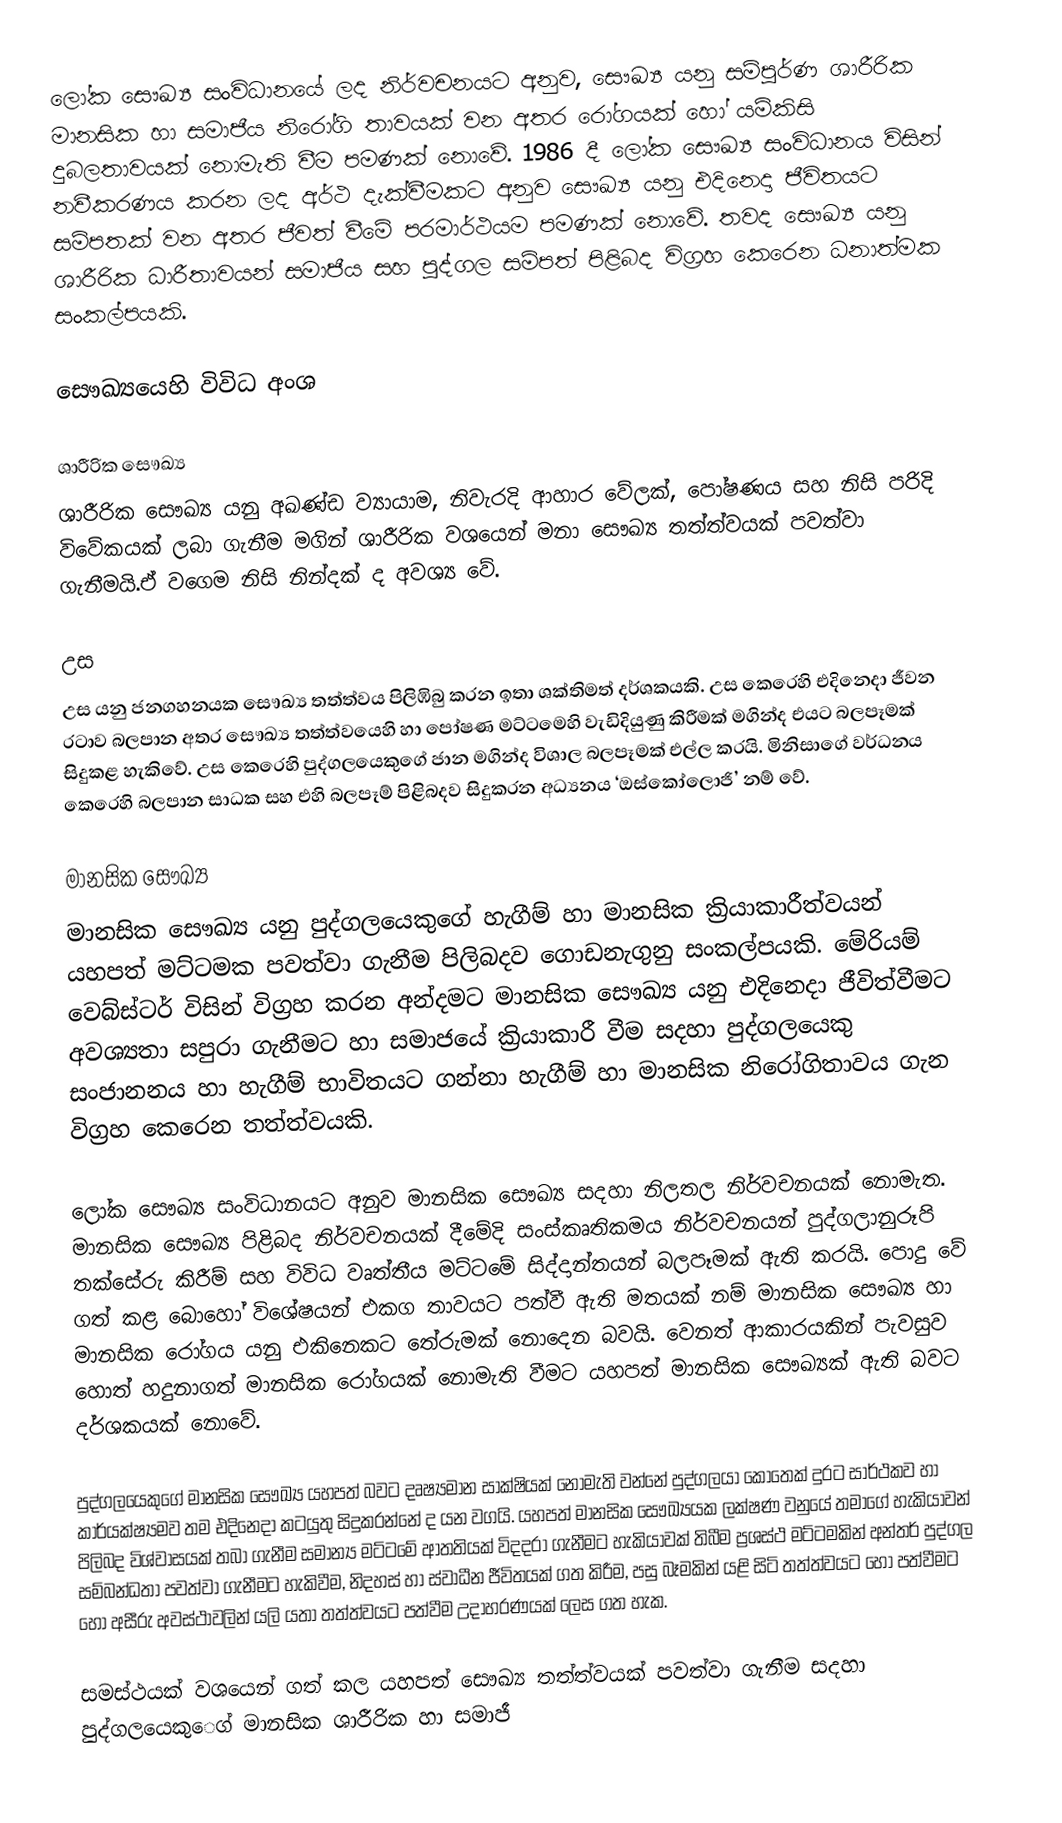
ලෝක සෞඛ්‍ය සංවිධානයේ ලද නිර්වචනයට‍ අනුව, සෞඛ්‍ය යනු සම්පුර්ණ ශාරීරික මානසික හා සමාජීය නිරෝගි තාවයක් වන අතර රෝගයක් හෝ යම්කිසි දුබලතාවයක් නොමැති වීම පමණක් නොවේ. 1986 දී ලෝක සෞඛ්‍ය සංවිධානය විසින් නවීකරණය කරන ලද අර්ථ දැක්වීමකට අනුව සෞඛ්‍ය යනු එදිනෙදා ජීවිතයට සම්පතක් වන අතර ජීවත් වීමේ පරමාර්ථයම පමණක් නෙ‍ාවේ. තවද සෞඛ්‍ය යනු ශාරීරික ධාරීතාවයන් සමාජීය සහ පුද්ගල සම්පත් පිළිබද විග්‍රහ කෙරෙන ධනාත්මක සංකල්පයකි.

සෞඛ්‍යයෙහි විවිධ අංශ

ශාරීරික සෞඛ්‍ය
ශාරීරික සෞඛ්‍ය යනු අඛණ්ඩ ව්‍යායාම, නිවැරදි ආහාර වේලක්, පෝෂණය සහ නිසි පරිදි විවේකයක් ලබා ගැනීම මගින් ශාරීරික වශයෙන් මනා සෞඛ්‍ය තත්ත්වයක් පවත්වා ගැනීමයි.ඒ වගෙම නිසි නින්දක් ද අවශ්‍ය වේ.

උස
උස යනු ජනගහනයක සෞඛ්‍ය තත්ත්වය පිලිඹිබු කරන ඉතා ශක්තිමත් දර්ශකයකි. උස කෙරෙහි එදිනෙදා ජීවන රටාව බලපාන අතර සෞඛ්‍ය තත්ත්වයෙහි හා පෝෂණ මට්ටමෙහි වැඩිදියුණු කිරීමක් මගින්ද එයට බලපෑමක් සිදුකළ හැකිවේ. උස කෙරෙහි පුද්ගලයෙකුගේ ජාන මගින්ද විශාල බලපෑමක් එල්ල කරයි. මිනිසාගේ වර්ධනය  කෙරෙහි බලපාන සාධක සහ එහි බලපෑම් පිළිබදව සිදුකරන අධ්‍යනය ‘ඔස්කෝලොජි’ නම් වේ.

මානසික සෞඛ්‍ය
මානසික සෞඛ්‍ය යනු පුද්ගලයෙකුගේ  හැගීම් හා මානසික ක්‍රියාකාරීත්වයන් යහපත් මට්ටමක පවත්වා ගැනීම පිලිබදව ගොඩනැගුනු සංකල්පයකි. මේරියම් වෙබ්ස්ටර් විසින් විග්‍රහ කරන අන්දමට මානසික සෞඛ්‍ය යනු එදිනෙදා ජීවිත්වීමට අවශ්‍යතා සපුරා ගැනීමට හා සමාජයේ ක්‍රියාකාරී වීම සදහා පුද්ගලයෙකු සංජානනය හා හැගීම් භාවිතයට ගන්න‍ා හැගීම් හා මානසික නිරෝගිතාවය ගැන විග්‍රහ කෙරෙන තත්ත්වයකි.

ලෝක සෞඛ්‍ය සංවිධානයට අනුව මානසික සෞඛ්‍ය සදහා නිලතල නිර්වචනයක් නොමැත. මානසික සෞඛ්‍ය පිළිබද නිර්වචනයක් දීමේදි සංස්කෘතිකමය නිර්වචනයන් පුද්ගලානුරූපි තක්සේරු කිරීම් සහ විවිධ වෘත්තීය මට්ටමේ සිද්දාන්තයන් බලපෑමක් ඇති කරයි. පොදු වේ ගත් කළ බොහෝ විශේෂයන් එකග තාවයට පත්වී ඇති මතයක් නම් මානසික සෞඛ්‍ය හා මානසික රෝගය යනු එකිනෙකට තේරුමක් නොදෙන බවයි. වෙනත් ආකාරයකින් පැවසුව හොත් හදුනාගත් මානසික රෝගයක් නොමැති වීමට යහපත් මානසික සෞඛ්‍යක් ඇති බවට දර්ශකයක් නොවේ.

පුද්ගලයෙකුගේ මානසික සෞඛ්‍ය යහපත් බවට දෘෂ්‍යමා‍න සාක්ෂියක් නොමැති වන්නේ පුද්ගලයා‍ කොතෙක් දුරට සාර්ථකව හා  කාර්යක්ෂ්‍යමව තම එදිනෙදා කටයුතු සිදුකරන්නේ ද යන වගයි. යහපත් මානසික සෞඛ්‍යයක ලක්ෂණ වනුයේ තමාගේ හැකියාවන් පිලිබද විශ්වාසයක් තබා ගැනීම සමාන්‍ය මට්ටමේ ආතතියක් විදදරා ගැනීමට හැකියාවක් තිබීම ප්‍රශස්ථ මට්ටමකින් අන්තර් පුද්ගල සම්බන්ධතා පවත්වා ගැනීමට හැකිවීම, නිදහස් හා ස්වාධීන ජීවිතයක් ගත කිරීම, පසු බෑමකින් යළි සිටි තත්ත්වයට හෝ පත්වීමට හෝ අසීරු අවස්ථාවලින් යලි යතා තත්ත්වයට පත්වීම උදාහරණයක් ලෙස ගත හැක.

සමස්ථයක් වශයෙන් ගත් කල යහපත් සෞඛ්‍ය තත්ත්වයක් පවත්වා ගැනීම සදහා පුද්ගලයෙකු‍ෙ‍ග් මානසික ශාරීරික හා සමාජී